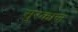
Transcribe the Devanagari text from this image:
सुरकाज